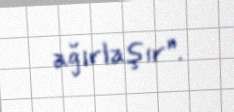
ağırlaşır”.